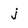
Character: j